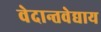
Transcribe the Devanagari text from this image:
वेदान्तवेद्याय